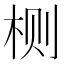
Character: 𱣐